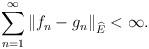
LaTeX: \begin{align*}\sum_{n=1}^\infty\|f_n-g_n\|_{\widehat{E}}<\infty.\end{align*}